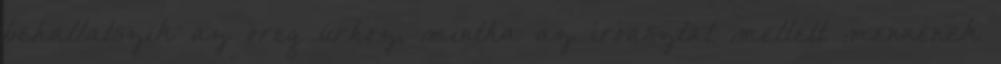
behallatszik az öreg úrhoz, mintha az íróasztal mellett mennének